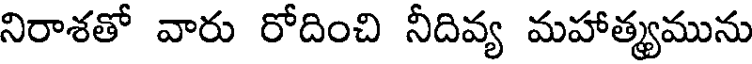
నిరాశతో వారు రోదించి నీదివ్య మహాత్యమును